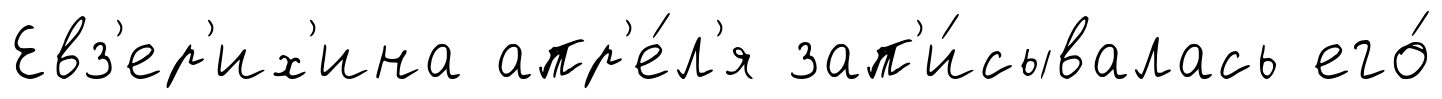
Евз'ер'их'ина апр'е́л'я зап'и́сывалась его́